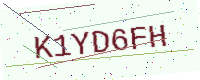
Text: K1YD6FH